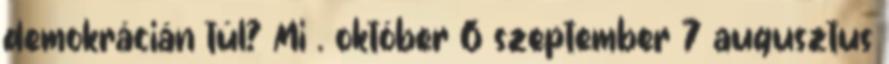
demokrácián túl? Mi . október 6 szeptember 7 augusztus